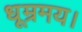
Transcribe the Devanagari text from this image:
धूम्रमय।